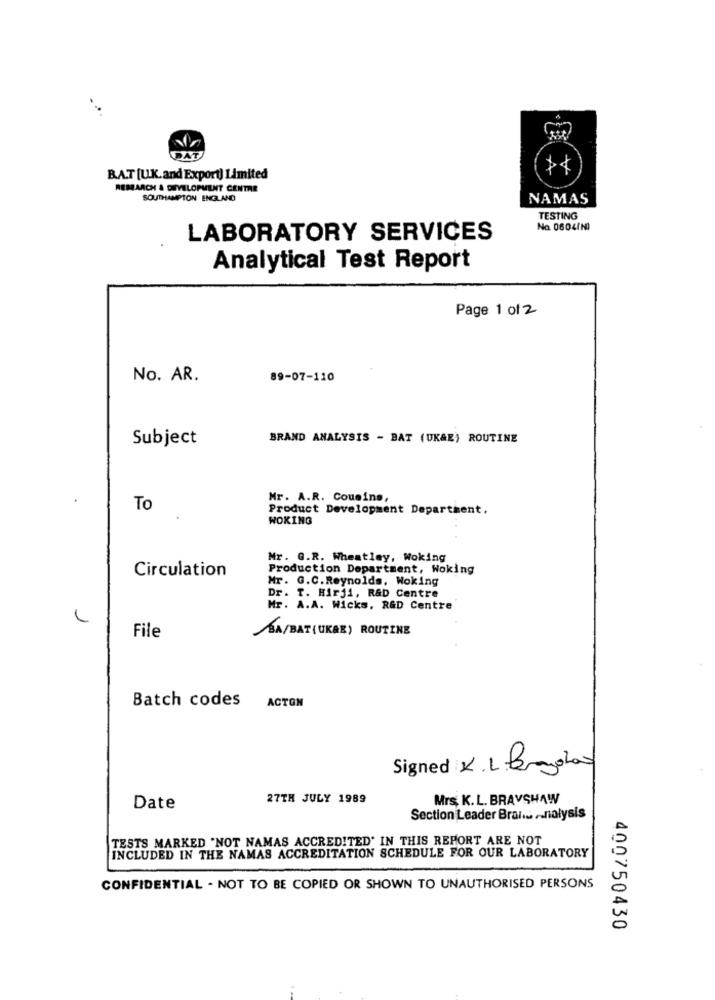
BAT [UK.and Export) Limited
REMARCH & DEVELOPMENT CENTRE
SOUTHAMPTON ENGLAND
NAMAS
TESTING
Na 0604(N)
LABORATORY SERVICES
Analytical Test Report
Page 1 of 2
No. AR.
89-07-110
Subject
BRAND ANALYSIS - BAT (UK&E) ROUTINE
Mr. A.R. Cousins,
To
Product Development Department.
WOKING
Nr. G.R. Wheatley, Woking
Production Department, Woking
Circulation
Mr. G.C. Reynolds, Woking
. T. Hirji, R&D Centre
Mr. A.A. Wicks, R&D Centre
File
BA/BAT (UKAE) ROUTINE
Batch codes
ACTON
Signed K. L. Brandlow
27TH JULY 1989
Mrs. K. L. BRAVSHAW
Date
Section Leader Brai ... .. nalysis
TESTS MARKED "NOT NAMAS ACCREDITED. IN THIS REPORT ARE NOT
INCLUDED IN THE NAMAS ACCREDITATION SCHEDULE FOR OUR LABORATORY
CONFIDENTIAL - NOT TO BE COPIED OR SHOWN TO UNAUTHORISED PERSONS
400750430